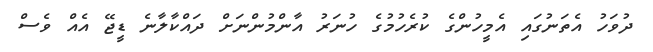
ދުވަހު އެތަނުގައި އެމީހުންގެ ކުރެހުމުގެ ހުނަރު އާންމުންނަށް ދައްކާލާނެ ޑީޖޭ އެއް ވެސް